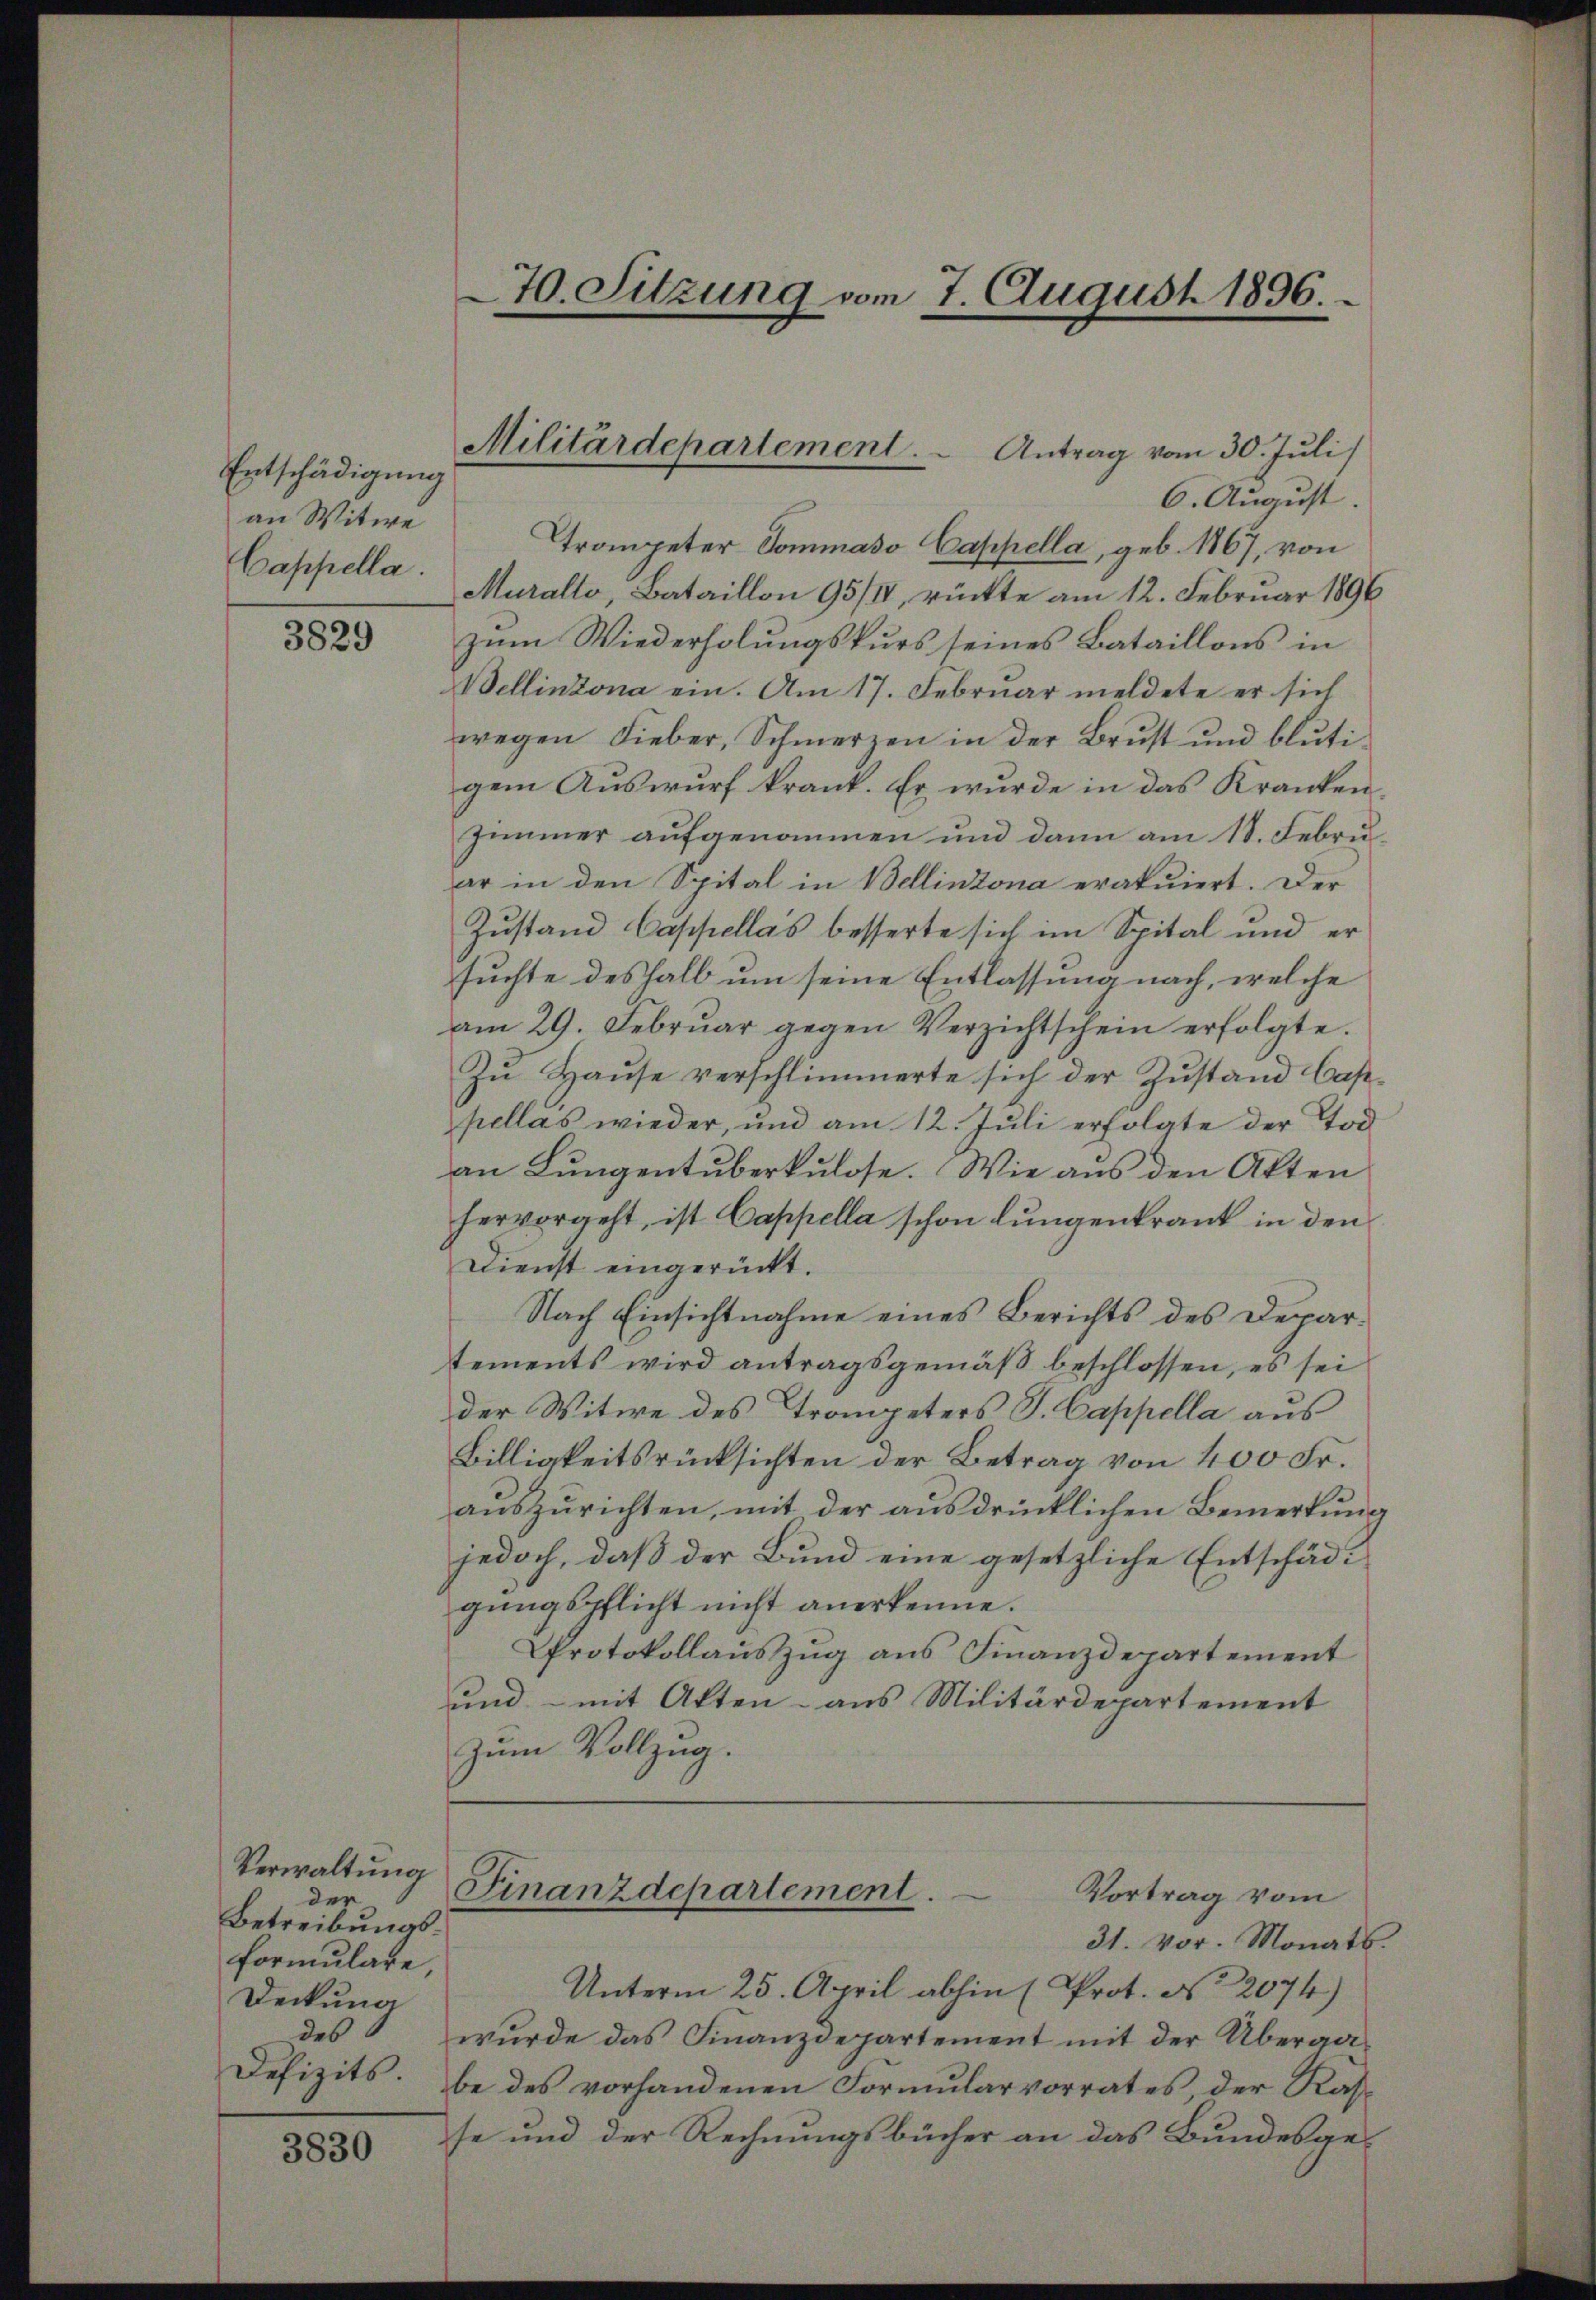
Entschädigung
an Witwe

3829

Verwaltung
der
Betreibungsformulare
Deckung
des

3830

6. August.
Trompeter Sommaso Cappella, geb. 1867, von
Cappella Muralto, Bataillon 95/I, rückte am 12. Februar 1896
zum Wiederholungskurs seines Bataillons in
Bellinzona ein. Am 17. Februar meldete er sich
wegen Lieber, Schmerzen in der Brust und blutigem Auswurf krank. Er wurde in das Kranken¬
Zimmer aufgenommen und dann am 18. Febru
ar in den Spital in Bellinzona eratuiert. Der
Zustand Cappellas besserte sich im Spital und er
suchte deshalb um seine Entlassung nach, welche
am 29. Febrŭar gegen Verzichtschein erfolgte.
Zŭ Haŭse verschlimmerte sich der Zŭstand Cas
pellas wieder, und am 12. Jŭli erfolgte der Tod
an Lungentuberkulose. Wie aus den Akten
hervorgeht, ist Cappella schon lungenkrank in den
Dienst eingerückt.
Nach Einsichtnahme eines Berichts des Departements wird antragsgemäß beschlossen, es sei
der Witwe des Trompeters J. Cappella aus
Billigkeitsrücksichten der Betrag von 400 Fr.
auszurichten, mit der ausdrücklichen Bemerkung
jedoch, daß der Bund eine gesetzliche Entschädigungspflicht nicht anerkenne.
Protokollauszug aus Finanzdepartement
und - mit Akten - aus Militärdepartement
zum Vollzug.

70. Sitzung vom 7. August 1896.

Militärdepartement. Antrag vom 30. Juli

Finanzdepartement.
Vortrag vom

31. vor. Monats.
Unterm 25. April abhin (Prot. No 2074)
wurde das Finanzdepartement mit der Überga¬
Defizits. be des vorhandenen Formularvorrates, der Rasse und der Rechnungsbücher an das Bundesge¬